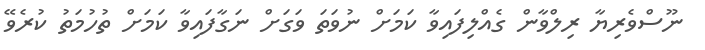
ނޫސްވެރިޔާ ރިލްވާން ގެއްލިފައިވާ ކަމަށް ނުވަތަ ވަގަށް ނަގާފައިވާ ކަމަށް ތުހުމަތު ކުރެވޭ